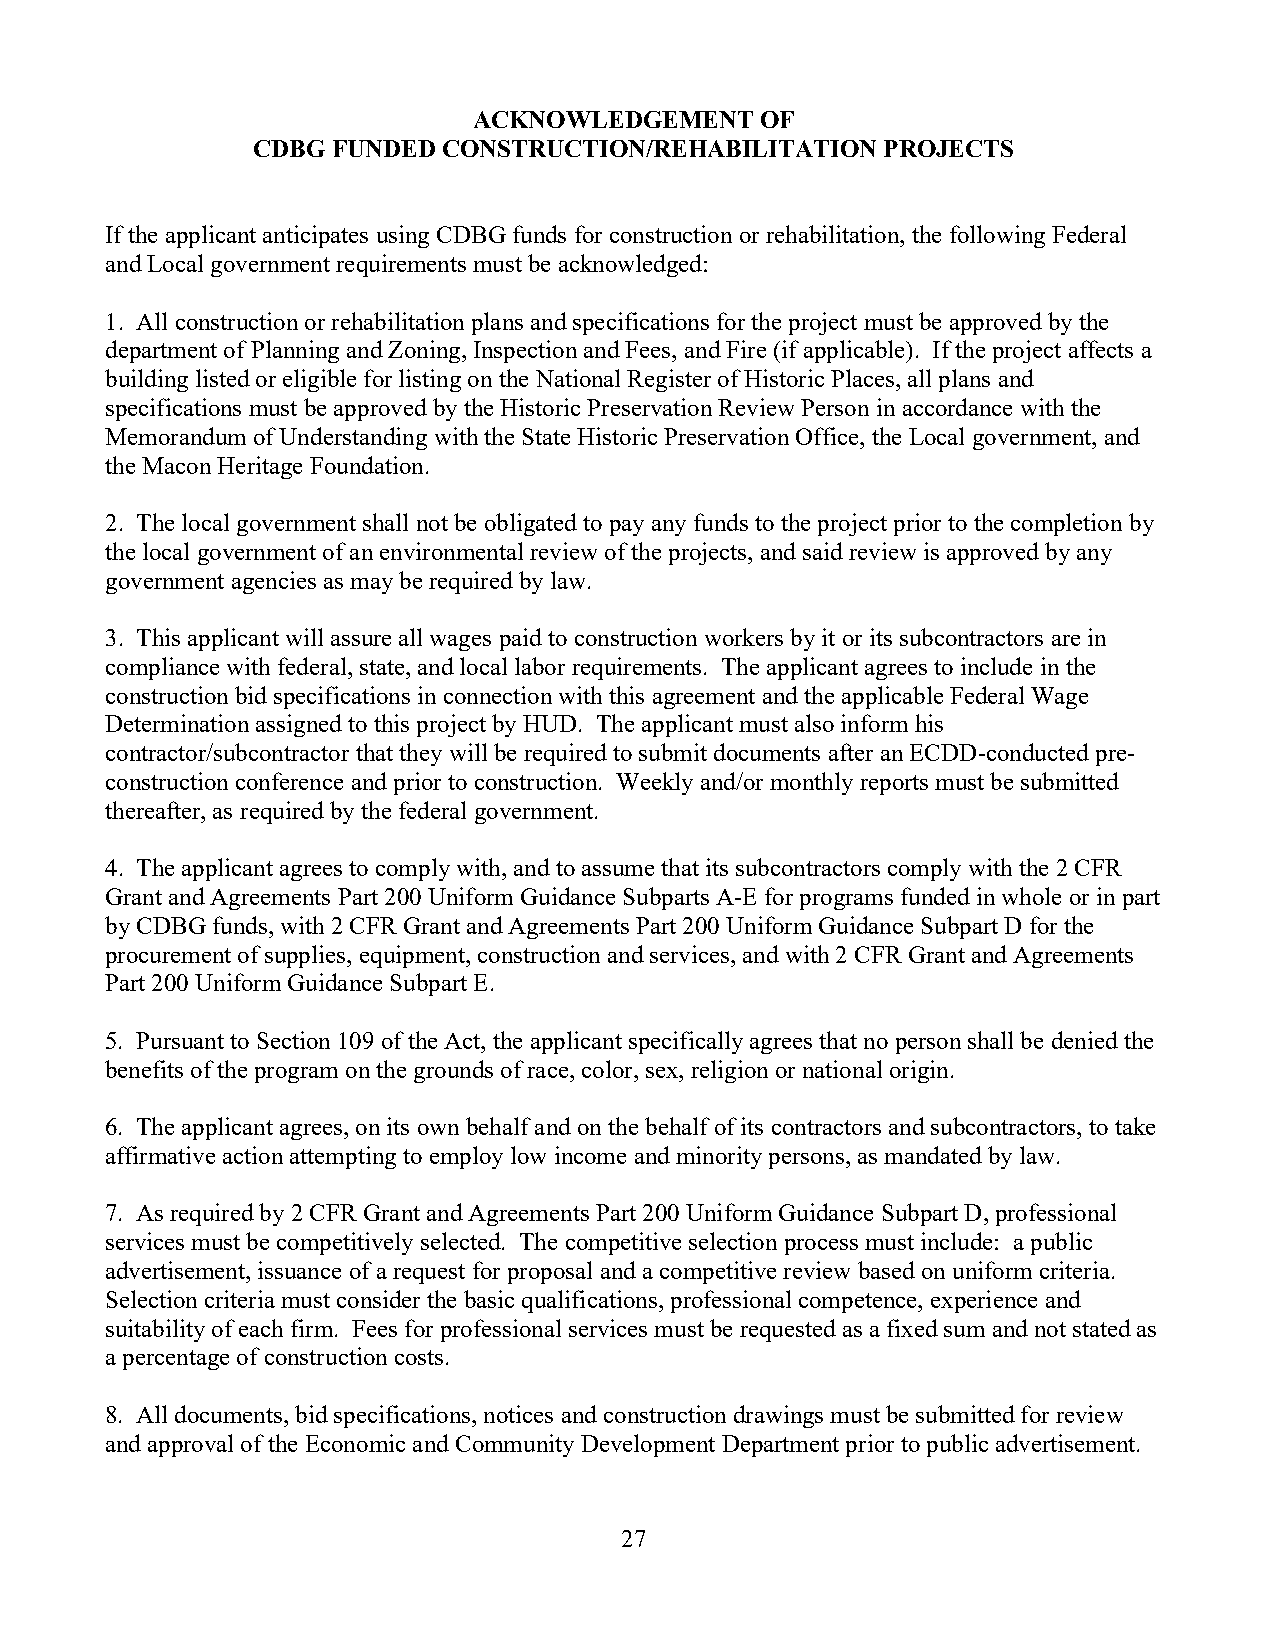
ACKNOWLEDGEMENT    OF
 CDBG FUNDED CONSTRUCTION/REHABILITATION  PROJECTS
 If the applicant anticipates using CDBG funds for construction or rehabilitation, the following Federal
 and Local government requirements must be acknowledged:
 1. All construction or rehabilitation plans and specifications for the project must be approved by the
 department of Planning and Zoning, Inspection and Fees, and Fire (if applicable). If the project affects a
 building listed or eligible for listing on the National Register of Historic Places, all plans and
 specifications must be approved by the Historic Preservation Review Person in accordance with the
 Memorandum of Understanding with the State Historic Preservation Office, the Local government, and
 the Macon Heritage Foundation.
 2. The local government shall not be obligated to pay any funds to the project prior to the completion by
 the local government of an environmental review of the projects, and said review is approved by any
 government agencies as may be required by law.
 3. This applicant will assure all wages paid to construction workers by it or its subcontractors are in
 compliance with federal, state, and local labor requirements. The applicant agrees to include in the
 construction bid specifications in connection with this agreement and the applicable Federal Wage
 Determination assigned to this project by HUD. The applicant must also inform his
 contractor/subcontractor that they will be required to submit documents after an ECDD-conducted pre-
 construction conference and prior to construction. Weekly and/or monthly reports must be submitted
 thereafter, as required by the federal government.
 4. The applicant agrees to comply with, and to assume that its subcontractors comply with the 2 CFR
 Grant and Agreements Part 200 Uniform Guidance Subparts A-E for programs funded in whole or in part
 by CDBG funds, with 2 CFR Grant and Agreements Part 200 Uniform Guidance Subpart D for the
 procurement of supplies, equipment, construction and services, and with 2 CFR Grant and Agreements
 Part 200 Uniform Guidance Subpart E.
 5. Pursuant to Section 109 of the Act, the applicant specifically agrees that no person shall be denied the
 benefits of the program on the grounds of race, color, sex, religion or national origin.
 6. The applicant agrees, on its own behalf and on the behalf of its contractors and subcontractors, to take
 affirmative action attempting to employ low income and minority persons, as mandated by law.
 7. As required by 2 CFR Grant and Agreements Part 200 Uniform Guidance Subpart D, professional
 services must be competitively selected. The competitive selection process must include: a public
 advertisement, issuance of a request for proposal and a competitive review based on uniform criteria.
 Selection criteria must consider the basic qualifications, professional competence, experience and
 suitability of each firm. Fees for professional services must be requested as a fixed sum and not stated as
 a percentage of construction costs.
 8. All documents, bid specifications, notices and construction drawings must be submitted for review
 and approval of the Economic and Community Development Department prior to public advertisement.
 27